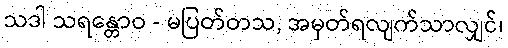
သဒါ သရန္တောဝ - မပြတ်တသ, အမှတ်ရလျက်သာလျှင်၊